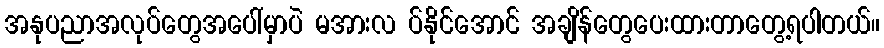
အနုပညာအလုပ်တွေအပေါ်မှာပဲ မအားလ ပ်နိုင်အောင် အချိန်တွေပေးထားတာတွေ့ရပါတယ်။